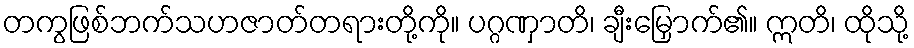
တကွဖြစ်ဘက်သဟဇာတ်တရားတို့ကို။ ပဂ္ဂဏှာတိ၊ ချီးမြှောက်၏။ ဣတိ၊ ထိုသို့